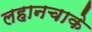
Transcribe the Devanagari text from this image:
लहानचाके